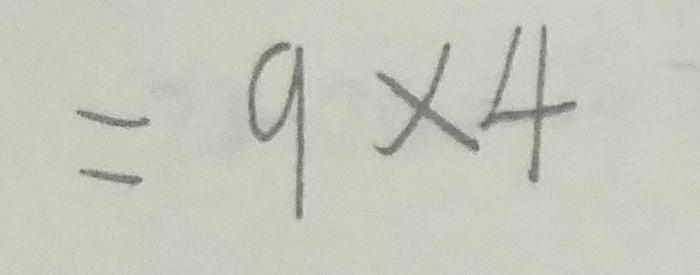
= 9 \times 4